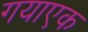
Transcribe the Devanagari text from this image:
गयाएक